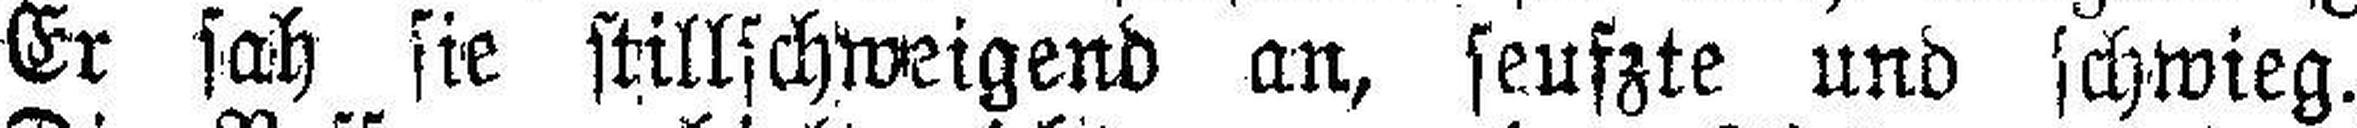
Er sah sie stillschweigend an, seufzte und schwieg.